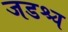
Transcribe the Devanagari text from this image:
जडश्च